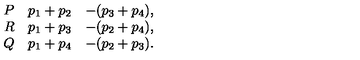
\begin{array} { r l l } { P } & { p _ { 1 } + p _ { 2 } } & { - ( p _ { 3 } + p _ { 4 } ) , } \\ { R } & { p _ { 1 } + p _ { 3 } } & { - ( p _ { 2 } + p _ { 4 } ) , } \\ { Q } & { p _ { 1 } + p _ { 4 } } & { - ( p _ { 2 } + p _ { 3 } ) . } \\ \end{array}